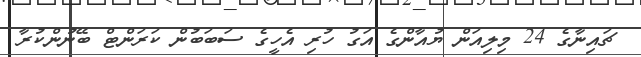
ޗައިނާގެ 24 މިލިއަން ޔުއާންގެ އަގު ހުރި އެހީގެ ސަބަބުން ކަރަންޓް ބޭނުންކުރާ